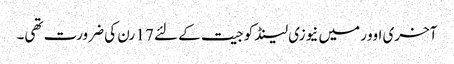
آخری اوور میں نیوزی لینڈ کو جیت کے لئے 17 رن کی ضرورت تھی۔